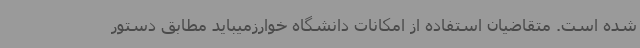
شده است. متقاضیان استفاده از امکانات دانشگاه خوارزمیباید مطابق دستور